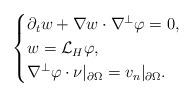
\begin{align*}\begin{cases}\partial_t w+\nabla w\cdot \nabla^\perp\varphi=0,\\w=\mathcal{L}_H\varphi,\\\nabla^\perp\varphi\cdot \nu|_{\partial \Omega}=v_n|_{\partial \Omega}.\end{cases}\end{align*}